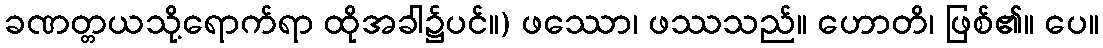
ခဏတ္တယသို့ရောက်ရာ ထိုအခါ၌ပင်။) ဖဿော၊ ဖဿသည်။ ဟောတိ၊ ဖြစ်၏။ ပေ။